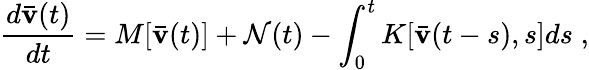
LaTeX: \frac{d\bar{{\mathbf v}}(t)}{dt}=M[\bar{{\mathbf v}}(t)]+{\cal N}(t)-\int_{0}^{t}K[\bar{{\mathbf v}}(t-s),s]ds\; ,